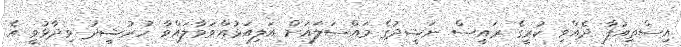
އިސްތިއުފާ ދެއްވި ކުރީގެ ރައީސް ނަޝީދުގެ މައްސަލައަށް އަލިއަޅުއްވަވާލައްވާ ހުރުޝީދު ވިދާޅުވީ އެ